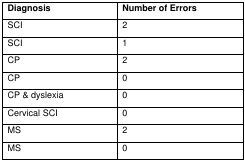
<table><thead><tr><td><b>Diagnosis</b></td><td><b>Number of Errors</b></td></tr></thead><tbody><tr><td>SCI</td><td>2</td></tr><tr><td>SCI</td><td>1</td></tr><tr><td>CP</td><td>2</td></tr><tr><td>CP</td><td>0</td></tr><tr><td>CP &amp; dyslexia</td><td>0</td></tr><tr><td>Cervical SCI</td><td>0</td></tr><tr><td>MS</td><td>2</td></tr><tr><td>MS</td><td>0</td></tr></tbody></table>